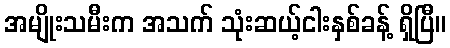
အမျိုးသမီးက အသက် သုံးဆယ့်ငါးနှစ်ခန့် ရှိပြီ။